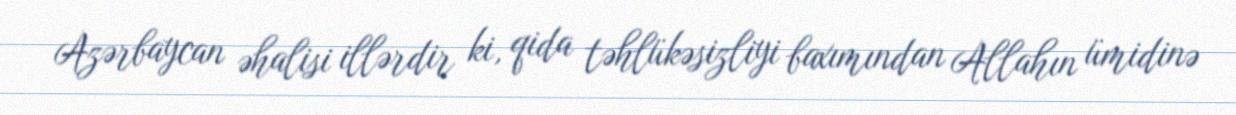
Azərbaycan əhalisi illərdir ki, qida təhlükəsizliyi baxımından Allahın ümidinə